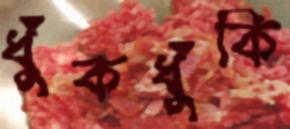
ধুঁকধুঁকি